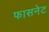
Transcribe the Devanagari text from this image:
फासनेट